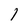
Character: 1